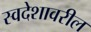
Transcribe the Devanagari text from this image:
स्वदेशावरील